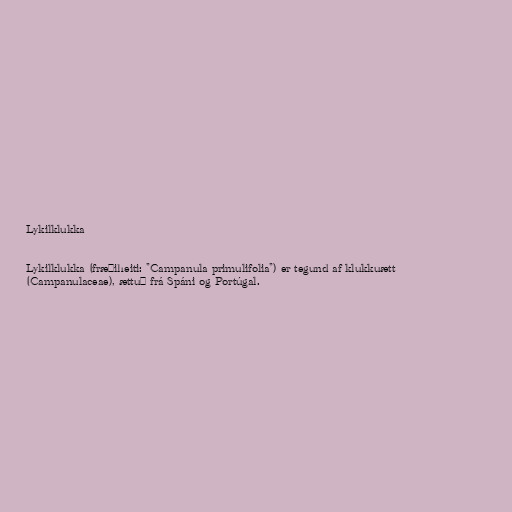
Lykilklukka

Lykilklukka (fræðiheiti: "Campanula primulifolia") er tegund af klukkuætt
(Campanulaceae), ættuð frá Spáni og Portúgal.